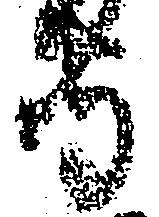
守